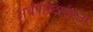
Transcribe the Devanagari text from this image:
अर्धपारदर्शकता